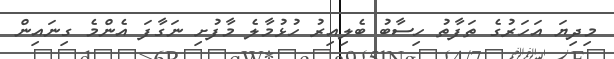
މިދިޔަ އަހަރުގެ ތަފާތު ހިސާބު ބެލިއިރު ހުޅުމާލެ މާފުށި ނަގާފަ އެންމެ ގިނައިން